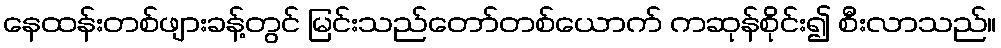
နေထန်းတစ်ဖျားခန့်တွင် မြင်းသည်တော်တစ်ယောက် ကဆုန်စိုင်း၍ စီးလာသည်။